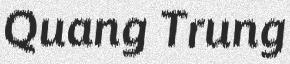
Quang Trung